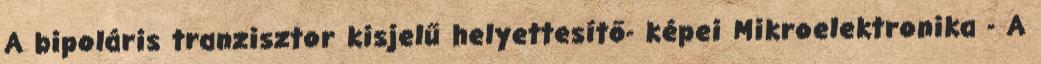
A bipoláris tranzisztor kisjelű helyettesítő- képei Mikroelektronika - A